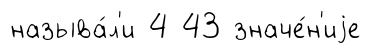
называ́л'и 4 43 значе́н'иjе